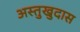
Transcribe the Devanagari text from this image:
अस्तुखुदास